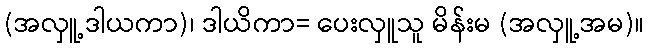
(အလှူ့ဒါယကာ)၊ ဒါယိကာ= ပေးလှူသူ မိန်းမ (အလှူ့အမ)။